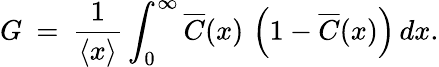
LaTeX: G\: =\: \frac{1}{\left\langle{x}\right\rangle}\int_{0}^{\infty}\! \, \overline{{C}}(x)\, \left(1-\overline{{C}}(x)\right)\, dx.